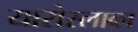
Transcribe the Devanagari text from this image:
यारोस्लाव्ल